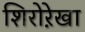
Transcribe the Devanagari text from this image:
शिरोरे़खा